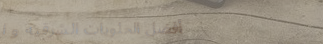
أفضل الحلويات الشرقية و ا